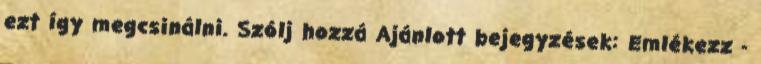
ezt így megcsinálni. Szólj hozzá Ajánlott bejegyzések: Emlékezz -